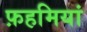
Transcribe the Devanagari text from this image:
फ़हमियां